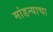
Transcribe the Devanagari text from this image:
मांडन्याचा